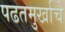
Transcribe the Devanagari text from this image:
पढतमुर्खाचे